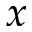
x